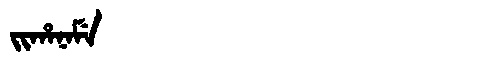
Manchu: ᠵᡳᡥᠠᠨᠠᠮᡝ
Romanization: JIHANAME